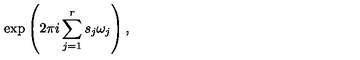
\exp \left( 2 \pi i \sum _ { j = 1 } ^ { r } s _ { j } \omega _ { j } \right) ,